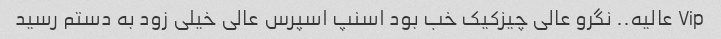
Vip عالیه.. نگرو عالی چیزکیک خب بود اسنپ اسپرس عالی خیلی زود به دستم رسید